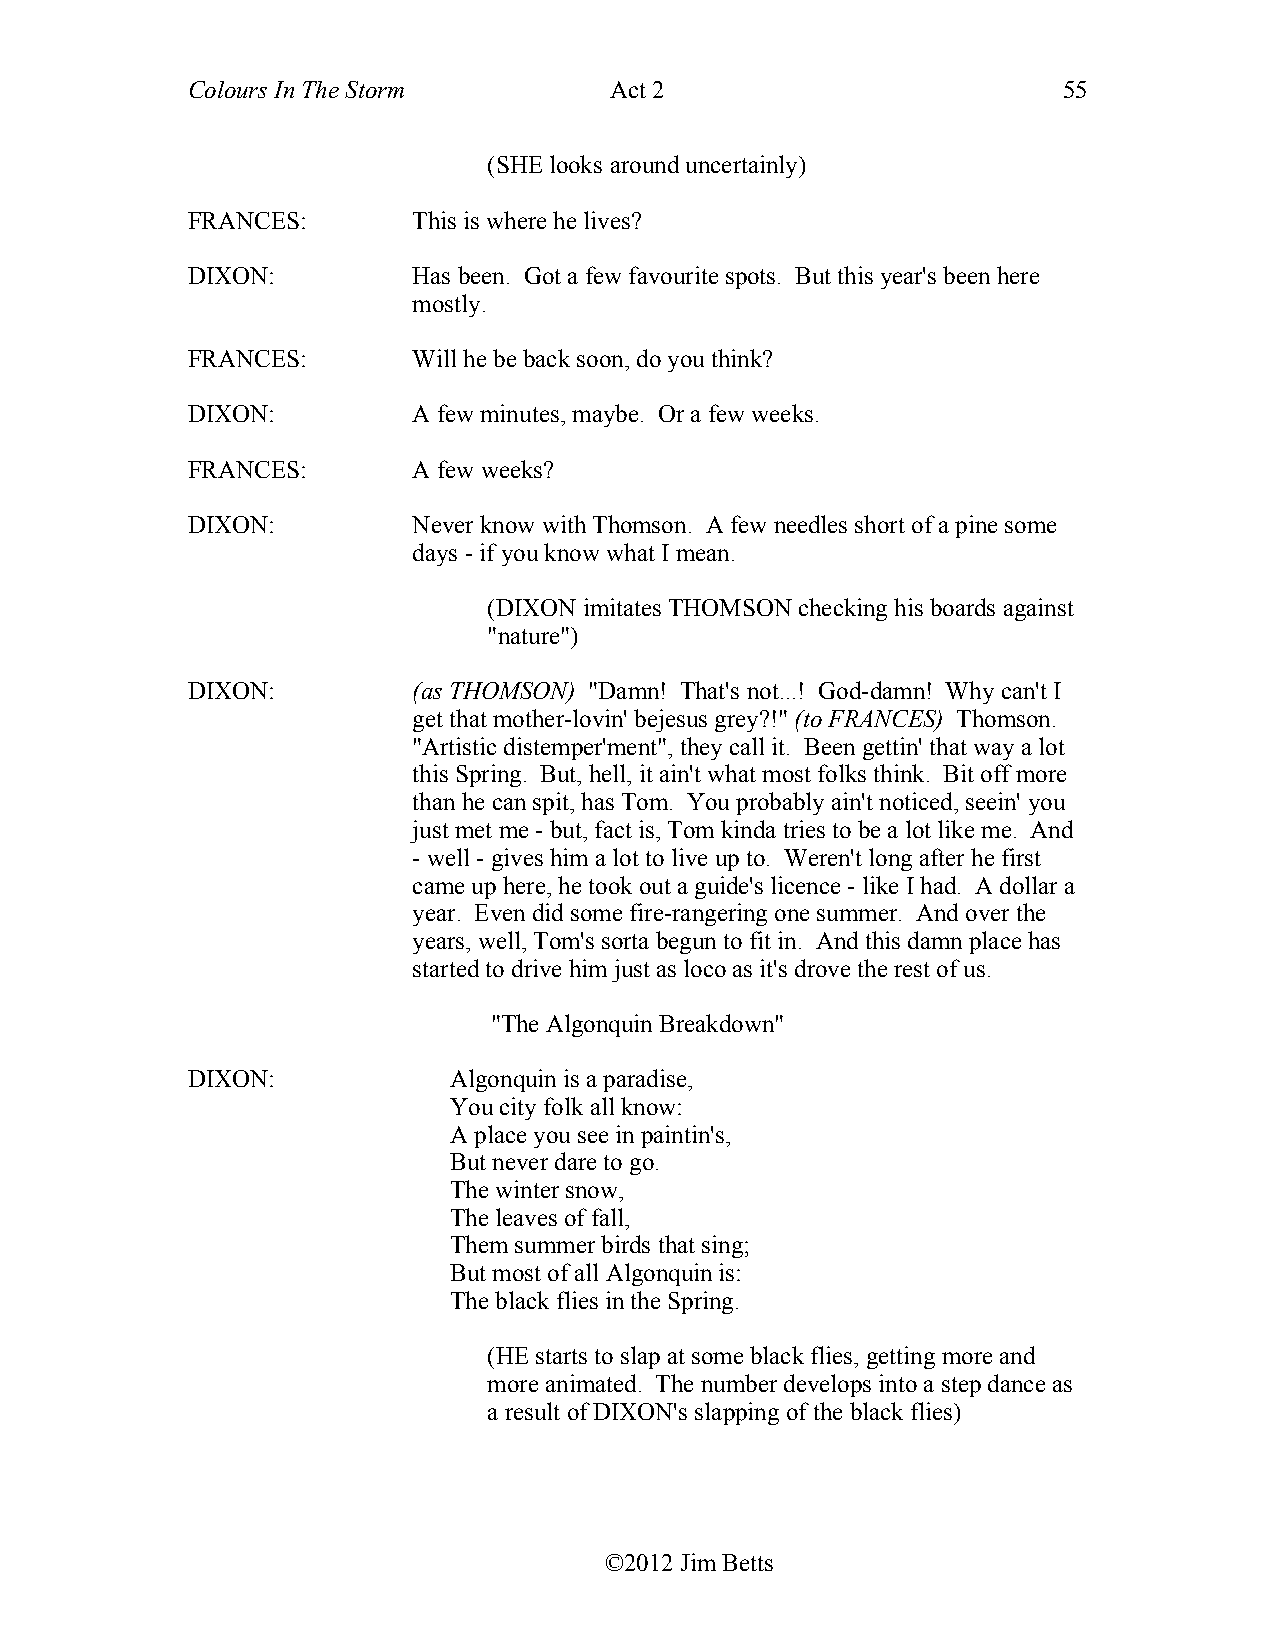
Colours In The Storm        Act 2                         55
 (SHE looks around uncertainly)
 FRANCES:       This is where he lives?
 DIXON:         Has been. Got a few favourite spots. But this year's been here
 mostly.
 FRANCES:       Will he be back soon, do you think?
 DIXON:         A few minutes, maybe. Or a few weeks.
 FRANCES:       A few weeks?
 DIXON:         Never know with Thomson. A few needles short of a pine some
 days - if you know what I mean.
 (DIXON imitates THOMSON checking his boards against
 "nature")
 DIXON:         (as THOMSON) "Damn! That's not...! God-damn! Why can't I
 get that mother-lovin' bejesus grey?!" (to FRANCES) Thomson.
 "Artistic distemper'ment", they call it. Been gettin' that way a lot
 this Spring. But, hell, it ain't what most folks think. Bit off more
 than he can spit, has Tom. You probably ain't noticed, seein' you
 just met me - but, fact is, Tom kinda tries to be a lot like me. And
 - well - gives him a lot to live up to. Weren't long after he first
 came up here, he took out a guide's licence - like I had. A dollar a
 year. Even did some fire-rangering one summer. And over the
 years, well, Tom's sorta begun to fit in. And this damn place has
 started to drive him just as loco as it's drove the rest of us.
 "The Algonquin Breakdown"
 DIXON:            Algonquin is a paradise,
 You city folk all know:
 A place you see in paintin's,
 But never dare to go.
 The winter snow,
 The leaves of fall,
 Them summer birds that sing;
 But most of all Algonquin is:
 The black flies in the Spring.
 (HE starts to slap at some black flies, getting more and
 more animated. The number develops into a step dance as
 a result of DIXON's slapping of the black flies)
 ©2012 Jim Betts